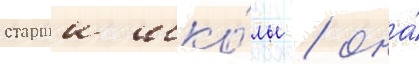
старшеи шко́лы / она́